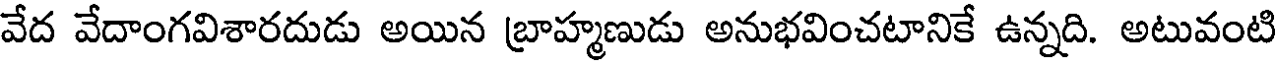
వేద వేదాంగవిశారదుడు అయిన బ్రాహ్మణుడు అనుభవించటానికే ఉన్నది. అటువంటి